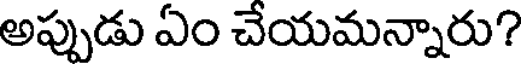
అప్పుడు ఏం చేయమన్నారు?